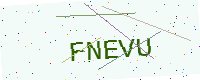
Text: FNEVU